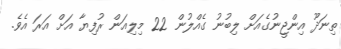
ތިނަދޫ އިންޖީނުގެއަށް ލިބުނު ގެއްލުން 22 މިލިއަން ރުފިޔާ އަށް އަރަ އެވެ.